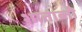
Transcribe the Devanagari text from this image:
शाताब्ती